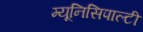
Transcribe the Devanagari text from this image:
म्यूनिसिपाल्टी